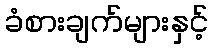
ခံစားချက်များနှင့်